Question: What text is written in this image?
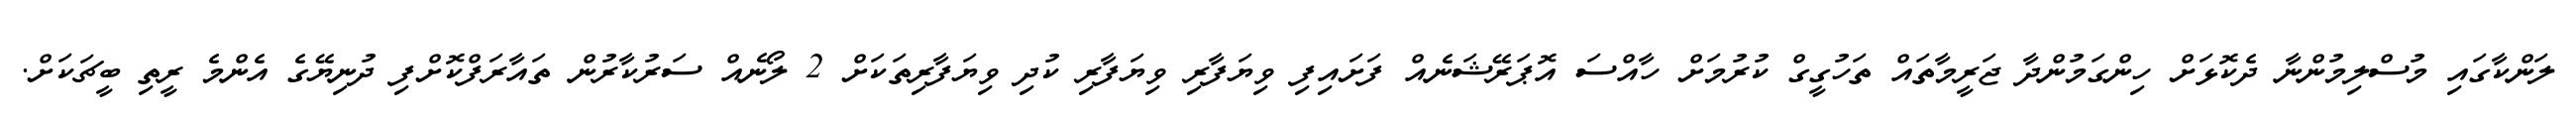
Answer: ލަންކާގައި މުސްލިމުންނާ ދެކޮޅަށް ހިންގަމުންދާ ޖަރީމާތައް ތަހުގީގް ކުރުމަށް ހާއްސަ އޮޕަރޭޝަނެއް ފަށައިފި ވިޔަފާރި ވިޔަފާރި ކުދި ވިޔަފާރިތަކަށް 2 ލޯނެއް ސަރުކާރުން ތައާރަފްކޮށްފި ދުނިޔޭގެ އެންމެ ރީތި ބީޗަކަށް.